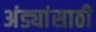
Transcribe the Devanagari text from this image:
अंड्यांसाठी